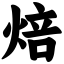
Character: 焙